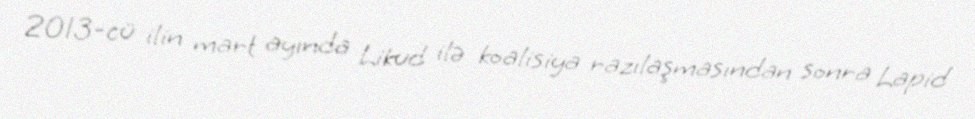
2013-cü ilin mart ayında Likud ilə koalisiya razılaşmasından sonra Lapid